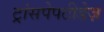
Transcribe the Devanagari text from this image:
ट्रांसपेपटीडेज़